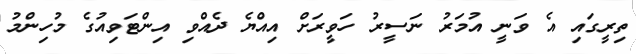
ތިރީގައި އެ ވަނީ އުމަރު ނަސީރު ހަވީރަށް އިއްޔެ ދެއްވި އިންޓަވިއުގެ މުހިންމު